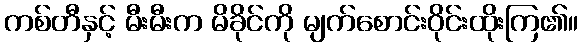
ကစ်တီနှင့် မီးမီးက မိခိုင်ကို မျက်စောင်းဝိုင်းထိုးကြ၏။